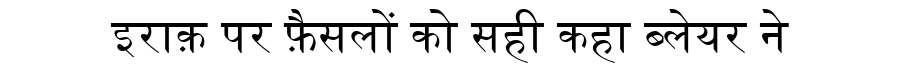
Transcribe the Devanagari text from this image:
इराक़ पर फ़ैसलों को सही कहा ब्लेयर ने